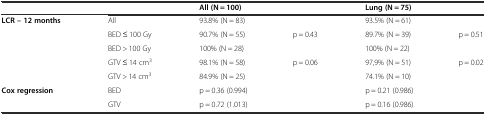
|  |  | <COLSPAN=2> All (N = 100) | <COLSPAN=2> Lung (N = 75) |
 | --- | --- | --- | --- | --- | --- |
 | <ROWSPAN=5> LCR – 12 months | All | <COLSPAN=2> 93.8% (N = 83) | <COLSPAN=2> 93.5% (N = 61) |
 | BED ≤ 100 Gy | 90.7% (N = 55) | <ROWSPAN=2> p = 0.43 | 89.7% (N = 39) | <ROWSPAN=2> p = 0.51 |
 | BED > 100 Gy | 100% (N = 28) | 100% (N = 22) |
 | GTV ≤ 14 cm3 | 98.1% (N = 58) | <ROWSPAN=2> p = 0.06 | 97,9% (N = 51) | <ROWSPAN=2> p = 0.02 |
 | GTV > 14 cm3 | 84.9% (N = 25) | 74.1% (N = 10) |
 | <ROWSPAN=2> Cox regression | BED | <COLSPAN=2> p = 0.36 (0.994) | <COLSPAN=2> p = 0.21 (0.986) |
 | GTV | <COLSPAN=2> p = 0.72 (1.013) | <COLSPAN=2> p = 0.16 (0.986) |